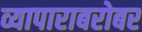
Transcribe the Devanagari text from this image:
व्यापाराबरोबर